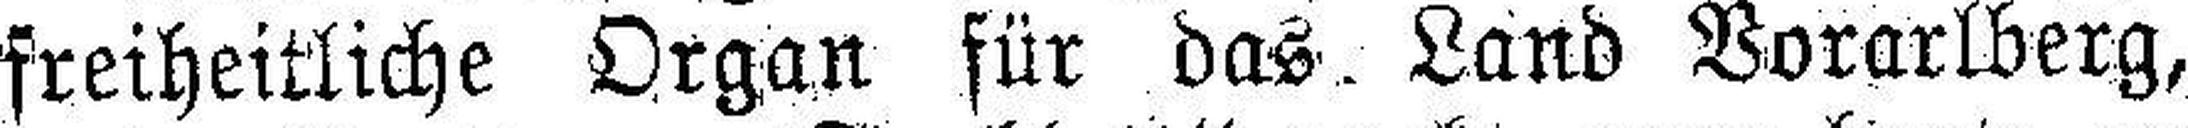
freiheitliche Organ für das Land Vorarlberg,